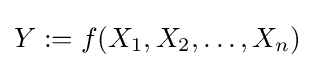
Y:=f(X_{1},X_{2},\dots ,X_{n})